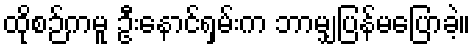
ထိုစဉ်ကမူ ဦးနောင်ရှမ်းက ဘာမျှပြန်မပြောခဲ့။